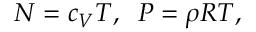
\begin{array} { r } { N = c _ { V } T , \; \; P = \rho R T , } \end{array}